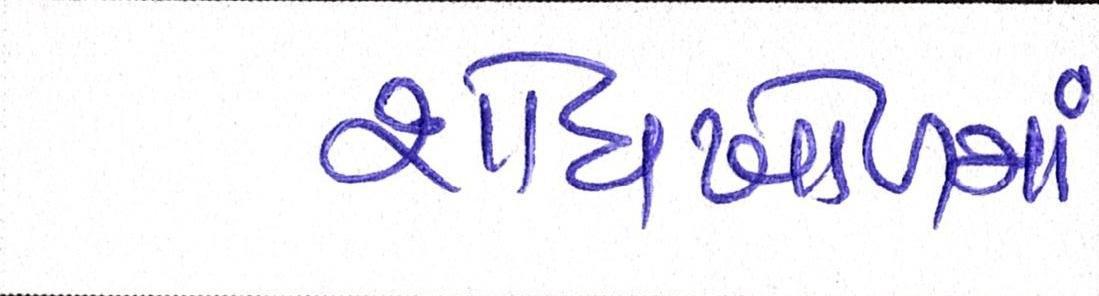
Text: શોધખોળમાં